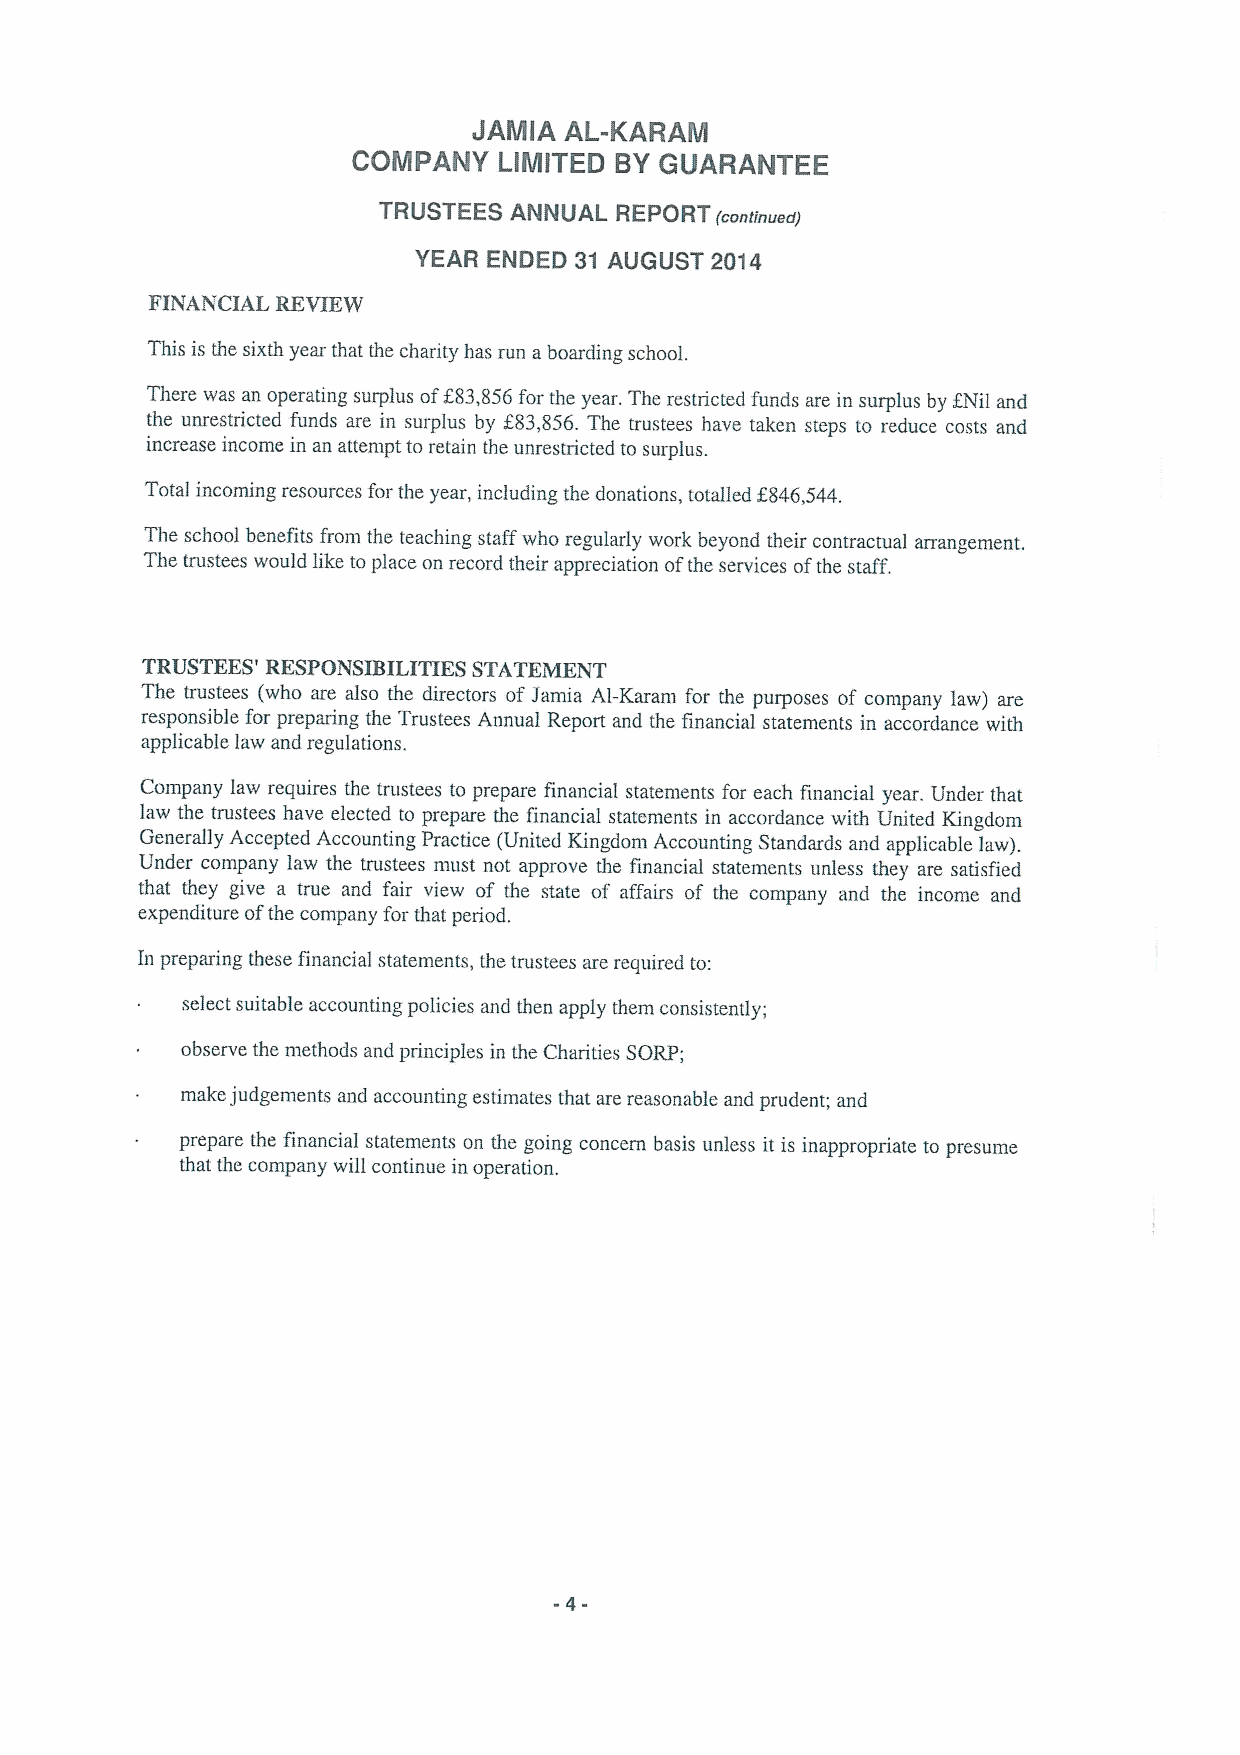
JAMIA AL-KARAM
 COMPANY   LIMITED BY GUARANTEE
 TRUSTEES ANNUAL REPORT (continued)
 YEAR ENDED 31 AUGUST 2014
 FINANCIAL REVIEW
 This is the sixth year that the charity has run aboarding school.
 There was an operating surplus off83,856for the year. The restricted funds are in surplus by ZNil and
 the unrestricted funds are in surplus by f83,856. The trustees have taken steps to reduce costs and
 increase income in an attempt to retain the unrestricted to surplus.
 Total incoming resources for the year, including the donations, totalled f846,544.
 The school benefits from the teaching staff who regularly work beyond their contractual arrangement.
 The trustees would like toplace on record their appreciation ofthe services ofthe staff.
 TRUSTEES' RESPONSIBILITIES STATEMENT
 The trustees (who are also the directors ofJamia Al-Karam for the purposes of company law) are
 responsible for preparing the Trustees Annual Report and the financial statements in accordance with
 applicable law and regulations.
 Company law requires the trustees to prepare financial statements for each financial year. Under that
 law the trustees have elected to prepare the financial statements in accordance with United Kingdom
 Generally Accepted Accounting Practice (United Kingdom Accounting Standards and applicable law).
 Under company law the trustees must not approve the financial statements unless they are satisfied
 that they give a true and fair view of the state of affairs of the company and the income and
 expenditure ofthe company for that period.
 In preparing these financial statements, the trustees are required to:
 select suitable accounting policies and then apply them consistently;
 observe the methods and principles in the Charities SORP;
 make judgements and accounting estimates that are reasonable and prudent; and
 prepare the financial statements on the going concern basis unless it is inappropriate to presume
 that the company will continue in operation.
 -4-